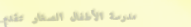
مدرسة الأطفال الصغار تقدم